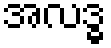
အလဒ္ဓ